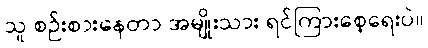
သူ စဉ်းစားနေတာ အမျိုးသား ရင်ကြားစေ့ရေးပဲ။